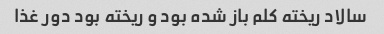
سالاد ریخته کلم باز شده بود و ریخته بود دور غذا